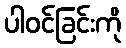
ပါဝင်ခြင်းကို